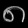
Digit: ၈